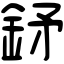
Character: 𨥨